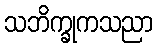
သဘိက္ခုကသညာ